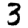
Digit: 3